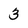
Character: 3